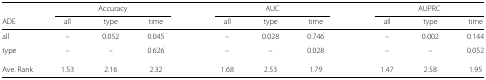
<table><thead><tr><td></td><td colspan="3"><b>Accuracy</b></td><td></td><td colspan="3"><b>AUC</b></td><td></td><td colspan="3"><b>AUPRC</b></td></tr><tr><td><b>ADE</b></td><td><b>all</b></td><td><b>type</b></td><td><b>time</b></td><td></td><td><b>all</b></td><td><b>type</b></td><td><b>time</b></td><td></td><td><b>all</b></td><td><b>type</b></td><td><b>time</b></td></tr></thead><tbody><tr><td>all</td><td>–</td><td>0.052</td><td>0.045</td><td></td><td>–</td><td>0.028</td><td>0.746</td><td></td><td>–</td><td>0.002</td><td>0.144</td></tr><tr><td>type</td><td>–</td><td>–</td><td>0.626</td><td></td><td>–</td><td>–</td><td>0.028</td><td></td><td>–</td><td>–</td><td>0.052</td></tr><tr><td>Ave. Rank</td><td>1.53</td><td>2.16</td><td>2.32</td><td></td><td>1.68</td><td>2.53</td><td>1.79</td><td></td><td>1.47</td><td>2.58</td><td>1.95</td></tr></tbody></table>